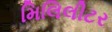
મિલિલીટર